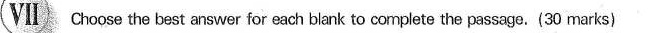
Ⅶ Choose the best aswer for each blank to complete the pssags. (30 marts)